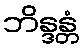
ဘိန္ဒန္တံ